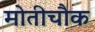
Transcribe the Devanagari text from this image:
मोतीचौक